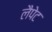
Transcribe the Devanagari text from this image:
लैपेट